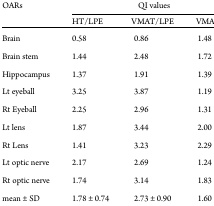
<table><thead><tr><td rowspan="2"><b>OARs</b></td><td colspan="3"><b>QI values</b></td></tr><tr><td><b>HT/LPE</b></td><td><b>VMAT/LPE</b></td><td><b>VMAT/HT</b></td></tr></thead><tbody><tr><td>Brain</td><td>0.58</td><td>0.86</td><td>1.48</td></tr><tr><td>Brain stem</td><td>1.44</td><td>2.48</td><td>1.72</td></tr><tr><td>Hippocampus</td><td>1.37</td><td>1.91</td><td>1.39</td></tr><tr><td>Lt eyeball</td><td>3.25</td><td>3.87</td><td>1.19</td></tr><tr><td>Rt Eyeball</td><td>2.25</td><td>2.96</td><td>1.31</td></tr><tr><td>Lt lens</td><td>1.87</td><td>3.44</td><td>2.00</td></tr><tr><td>Rt Lens</td><td>1.41</td><td>3.23</td><td>2.29</td></tr><tr><td>Lt optic nerve</td><td>2.17</td><td>2.69</td><td>1.24</td></tr><tr><td>Rt optic nerve</td><td>1.74</td><td>3.14</td><td>1.83</td></tr><tr><td>mean ± SD</td><td>1.78 ± 0.74</td><td>2.73 ± 0.90</td><td>1.60 ± 0.38</td></tr></tbody></table>